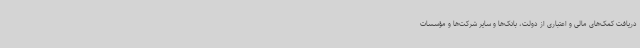
دریافت کمک‌های مالی و اعتباری از دولت، بانک‌ها و سایر شرکت‌ها و مؤسسات